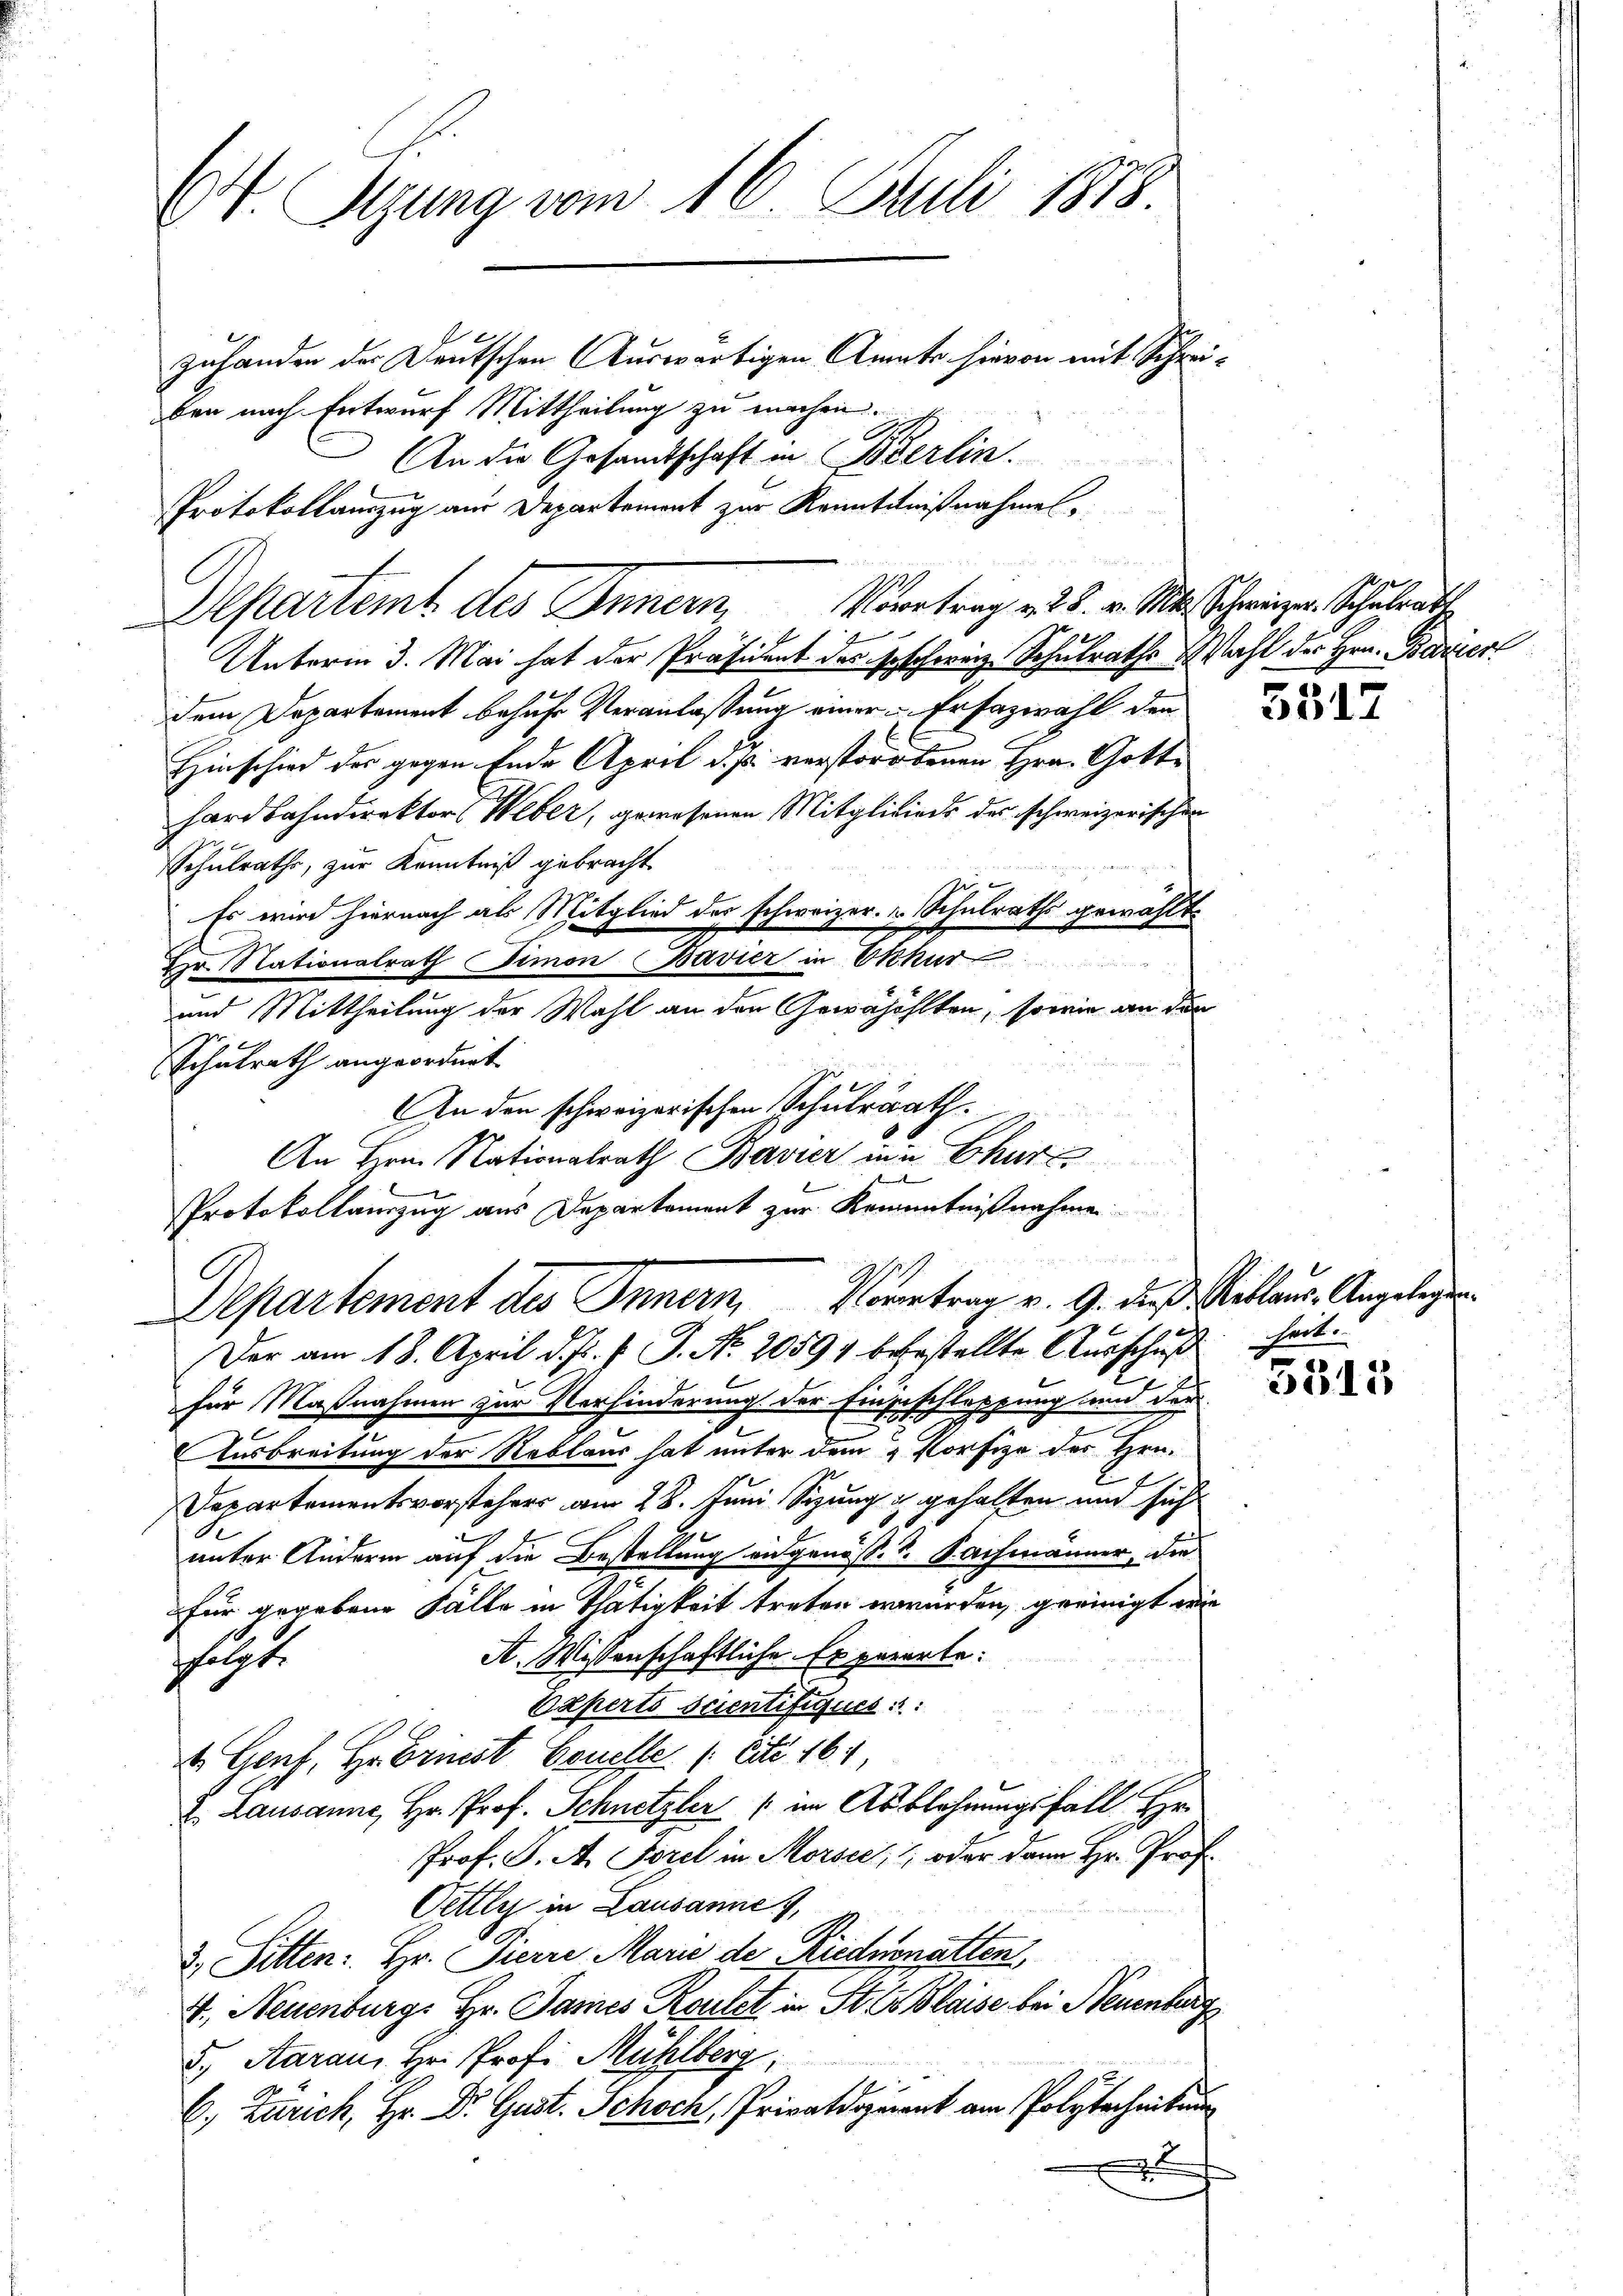
St. Sizung vom 16. Juli 1878.

zuhanden der Deutschen Auswärtigen Anato hievon mit Schreiben nach Entwurf Mittheilung zu machen.
An die Gesandtschaft in Bierlin.
Protokollauszug am Departement zur Kenntnißnahmes¬
Vortrag u. 28. v. M. Schweizer. Schulrat
Departent des
2
Unterm 3. Mai hat der Präsident des Geschweiz Schulraths Wahl der Hrn. Baier
dem Departement behufe Veranlassung einer Ersazwahl den
Hinschied des gegen Ende April d. J. verstorbenen Hrn. Gotte
hardbahndirektor Weber, gewesenen Mitglieiers des schweizerischen
Schulrathe, zur Kenntniß gebracht
Es wird hiernach als Mitglied des schweizer.  Schulraths gewählt.
Hr. Nationalrath Simon Bavier in Ekkur
und Mittheilung der Wahl an den Gewähöhlten, sowie an den
Schulrath angeordnet
In den schweizerischen Schulrath.
Der am 18. April d. J. J. J. No. 20594 berstellte Ausschuß heit.
für Maßnahmen zur Verhinderung der Eingeschlaßung und der
Ausbreitung der Reblaus hat unter dem & Korfize des Hrn.
Departementsvorstehers am 28. Juni Sizung & gehalten und sich
unter Andern auf die Bestellung eidgenöß. S. Sachmänner, die
für gegebene Fälle in Thätigkeit treten werden, geeinigt wie
A. Wissenschaftliche Er perorte:
sfolgt.
Experts scientifiques
 Genf, H. Brinst Couelle (Eite 164
2. Lausanne, Hr. Prof. Schnetzler (im Abblohnungsfall Hr
Prof. J. A. Forel in Morsee, , oder dann Hr. Prof.
Oettli in Lausannes,
2. Sitten. Hr. Pierre Marie der Riednenatten,
I., Neuenburg, Hr. James Roulet in St. Blaise bei Neuenburg
5., Aarau, Hr. Prof. Mühlberg.
6.) Zürich, Hr. Dr. Gust. Schoch, Privatdozent am Polytecheibung

An Hrn. Nationalrath Bavier in Churz
bi
Protokollauszug aus Departement zur Kenntnißnahme

Departement des Innern, Vortrag v. 9. des Reklaus Angelegen

5517

3515